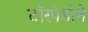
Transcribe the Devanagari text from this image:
टॉरपेडोने